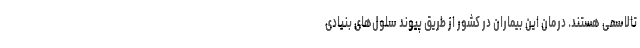
تالاسمی هستند. درمان این بیماران در کشور از طریق پیوند سلول‌های بنیادی